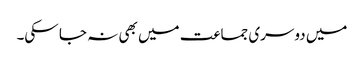
میں دوسری جماعت میں بھی نہ جا سکی۔